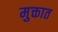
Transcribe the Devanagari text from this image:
मुक्तात